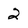
Character: 2